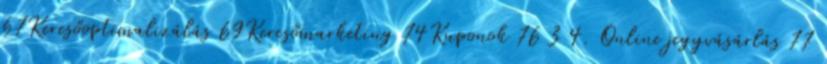
67Keresőoptimalizálás 69Keresőmarketing 74Kuponok 76 3 4. Online jegyvásárlás 77